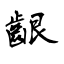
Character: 齦